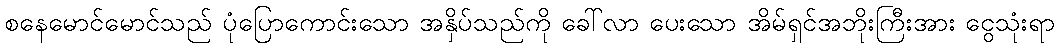
စနေမောင်မောင်သည် ပုံပြောကောင်းသော အနှိပ်သည်ကို ခေါ်လာ ပေးသော အိမ်ရှင်အဘိုးကြီးအား ငွေသုံးရာ